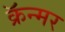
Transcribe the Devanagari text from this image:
क्रॅन्मर